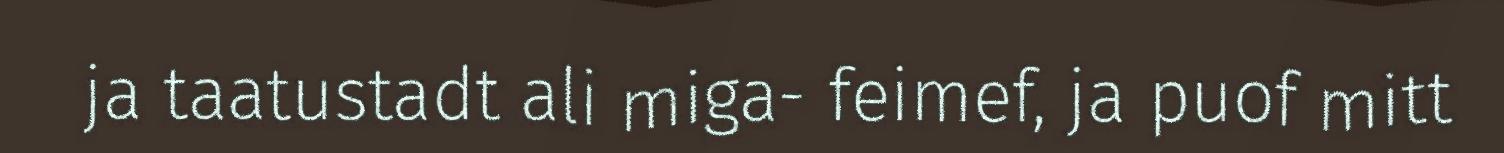
ja taatustadt ali miga- feimef, ja puof mitt